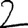
Digit: 2